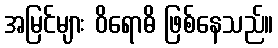
အမြင်များ ဝိရောဓိ ဖြစ်နေသည်။